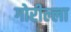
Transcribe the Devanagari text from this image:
गोरील्ला